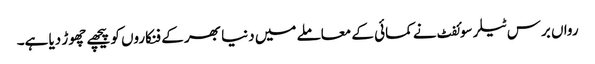
رواں برس ٹیلر سوئفٹ نے کمائی کے معاملے میں دنیا بھر کے فنکاروں کو پیچھے چھوڑ دیا ہے۔